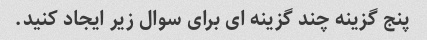
پنج گزینه چند گزینه ای برای سوال زیر ایجاد کنید.